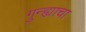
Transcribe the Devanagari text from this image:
गुन्ह्याचा